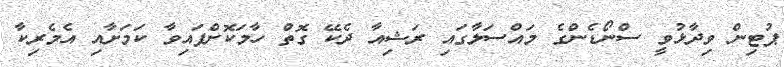
ޕުޓިން ވިދާޅުވީ ސްނޯޑެންގެ މައްސަލާގައި ރަޝިއާ ދެކޭ ގޮތް ހާމަކޮށްފައިވާ ކަމަށާއި އެމެރިކާ